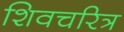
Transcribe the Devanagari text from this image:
शिवचरित्र